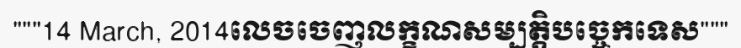
"""14 March, 2014លេចចេញលក្ខណសម្បត្តិបច្ចេកទេស"""